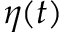
\eta ( t )